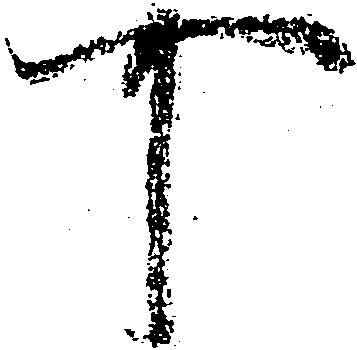
可